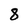
Character: 8